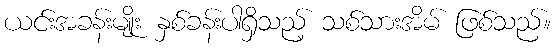
ယင်းအခန်းမျိုး နှစ်ခန်းပါရှိသည့် သစ်သားအိမ် ဖြစ်သည်။